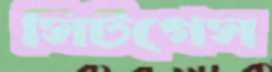
সিটগেস